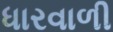
ધારવાળી